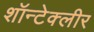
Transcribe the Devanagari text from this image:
शॉन्टेक्लीर